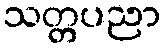
သတ္တပညာ